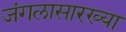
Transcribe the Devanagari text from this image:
जंगलासारख्या